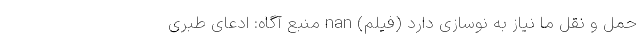
حمل و نقل ما نیاز به نوسازی دارد (فیلم) nan منبع آگاه: ادعای ‌‌طبری